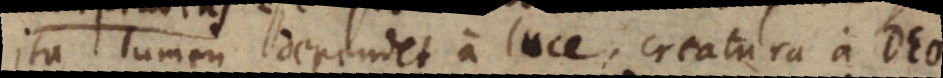
Ita lumen dependet a luce, creatura a Deo.